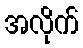
အလိုက်